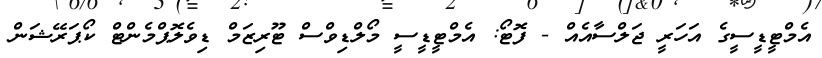
އެމްޓީޑީސީގެ އަހަރީ ޖަލްސާއެއް - ފޮޓޯ: އެމްޓީޑީސީ މޯލްޑިވްސް ޓޫރިޒަމް ޑިވެލޮޕްމެންޓް ކޯޕަރޭޝަން